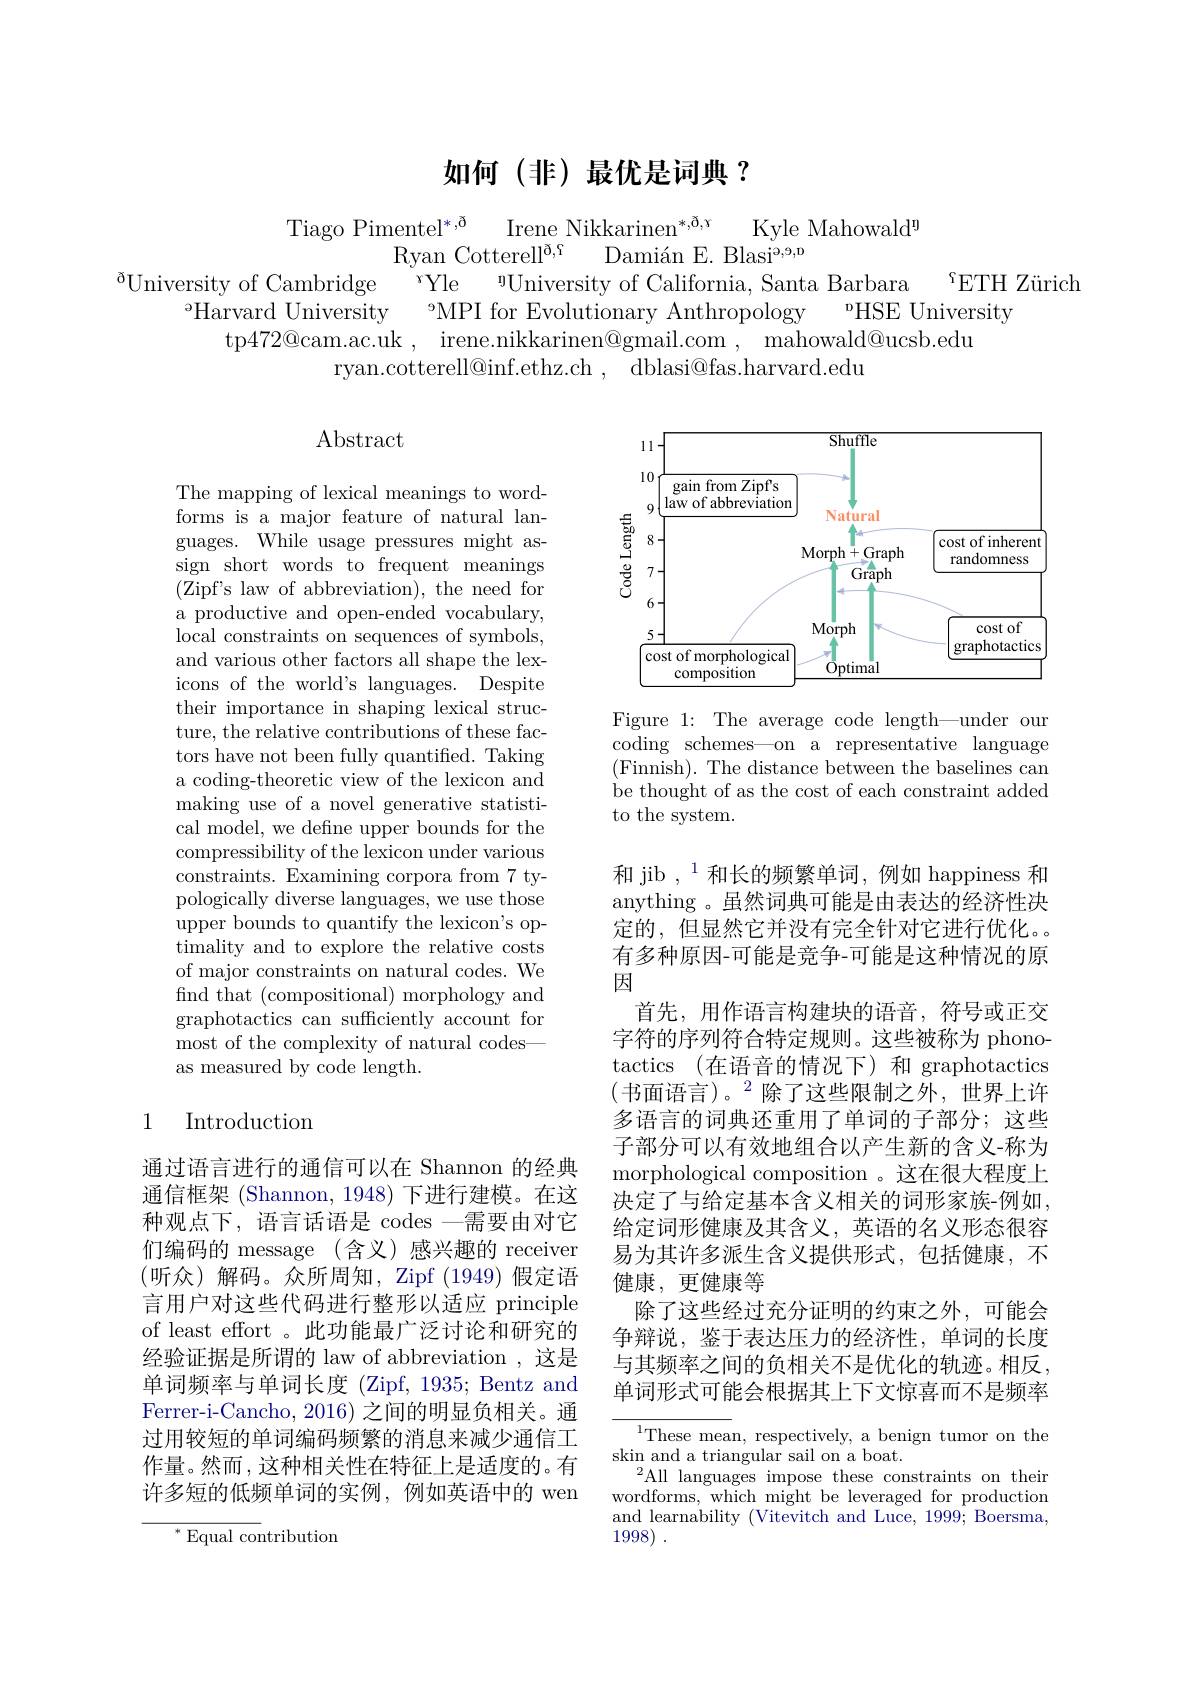
## 如何(非)最优是词典？

Tiago Pimentel$^*,\tilde{0}$
Irene Nikkarinen$^{*,\eth,\gamma}$
Kyle Mahowald$^{\mathrm{n}}$
Ryan Cotterell$^{\tilde{o} , \mathfrak{\Omega } }$ $\text{Dami\'{a} n E. Blasi}^{\mathfrak{o} , \mathfrak{o} , \mathfrak{o} }$
$^{\eth}$University of Cambridge
$^{r}$Yle $^{n}$University of California, Santa Barbara
$^{\varsigma}$ETH Zürich
$^{\circ}$Harvard University
9MPI for Evolutionary Anthropology
$^{\mathrm{o}}$HSE University
tp472@cam.ac.uk , irene.nikkarinen@gmail.com , mahowald@ucsb.edu
ryan.cotterell@inf.ethz.ch~,~~dblasi@fas.harvard.edu

## Abstract

<FigureHere>

Figure 1: The average code length—under our coding schemes—on a representative language (Finnish). The distance between the baselines can be thought of as the cost of each constraint added to the system.

The mapping of lexical meanings to wordforms is a major feature of natural languages. While usage pressures might assign short words to frequent meanings (Zipf's law of abbreviation), the need for a productive and open-ended vocabulary, local constraints on sequences of symbols, and various other factors all shape the lexicons of the world's languages. Despite their importance in shaping lexical structure, the relative contributions of these factors have not been fully quantified. Taking a coding-theoretic view of the lexicon and making use of a novel generative statistical model, we define upper bounds for the compressibility of the lexicon under various constraints. Examining corpora from 7 typologically diverse languages, we use those upper bounds to quantify the lexicon's optimality and to explore the relative costs of major constraints on natural codes. We find that (compositional) morphology and graphotactics can sufficiently account for most of the complexity of natural codesas measured by code length.

## 1 Introduction

和 jib ,$^{1}$和长的频繁单词，例如 happiness 和anything 。虽然词典可能是由表达的经济性决定的，但显然它并没有完全针对它进行优化。。有多种原因-可能是竞争-可能是这种情况的原因
首先，用作语言构建块的语音，符号或正交字符的序列符合特定规则。这些被称为 phonotactics (在语音的情况下)和 graphotactics (书面语言)。$^2$除了这些限制之外，世界上许多语言的词典还重用了单词的子部分；这些子部分可以有效地组合以产生新的含义-称为morphological composition 。这在很大程度上决定了与给定基本含义相关的词形家族-例如， 给定词形健康及其含义，英语的名义形态很容易为其许多派生含义提供形式，包括健康，不健康，更健康等
除了这些经过充分证明的约束之外，可能会争辩说，鉴于表达压力的经济性，单词的长度与其频率之间的负相关不是优化的轨迹。相反， 单词形式可能会根据其上下文惊喜而不是频率

通过语言进行的通信可以在 Shannon 的经典通信框架 (Shannon, 1948) 下进行建模。在这种观点下，语言话语是 codes —需要由对它们编码的 message (含义)感兴趣的 receiver (听众)解码。众所周知，Zipf (1949) 假定语言用户对这些代码进行整形以适应 principle of least effort 。此功能最广泛讨论和研究的经验证据是所谓的 law of abbreviation ,这是单词频率与单词长度 (Zipf, 1935; Bentz and Ferrer-i-Cancho, 2016) 之间的明显负相关。通过用较短的单词编码频繁的消息来减少通信工作量。然而，这种相关性在特征上是适度的。有许多短的低频单词的实例，例如英语中的 wen

${\overline{{^{1}\text{These mea}}}}$n, respectively, a benign tumor on the
skin and a triangular sail on a boat.
All languages impose these constraints on their wordforms, which might be leveraged for production and learnability (Vitevitch and Luce, 1999; Boersma, 1998) .

$^{*}$Equal contribution